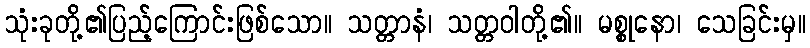
သုံးခုတို့၏ပြည့်ကြောင်းဖြစ်သော။ သတ္တာနံ၊ သတ္တဝါတို့၏။ မစ္စုနော၊ သေခြင်းမှ။